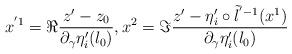
LaTeX: \begin{align*}x^{'1}=\Re\frac{z'-z_0}{\partial_{\gamma}\eta'_i(l_0)}, x^2=\Im\frac{z'-\eta'_i\circ\tilde{l}^{'-1}(x^1)}{\partial_{\gamma}\eta'_i(l_0)}\end{align*}